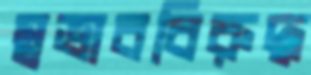
স্বভাববিরুদ্ধ